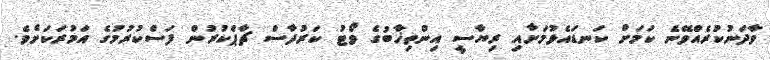
ވާދަނުކުރެއްވޭނެ ކަމަށް ކަނޑައެޅުމަށާއި ރިޔާސީ އިންތިޚާބުގެ ވޯޓު ކަރުދާސް ޗާޕްކުރުން ފަސްކުރުމުގެ އަމުރަކަށެވެ.